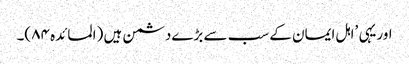
اوریہی ’اہل ایمان کے سب سے بڑےدشمن ہیں (المائدہ ۸۴)۔